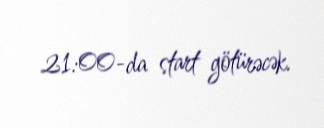
21:00-da start götürəcək.